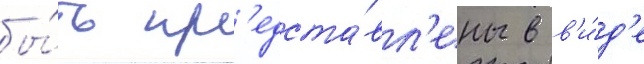
бы́ть пр'едста́вл'ены в в'и́д'е